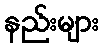
နည်းများ